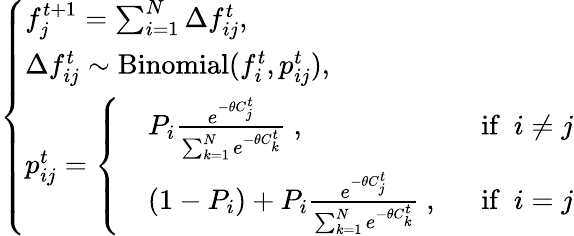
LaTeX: \left\{ \begin{array}{ll}{f_{j}^{t+1}=\sum_{i=1}^{N}\Delta f_{ij}^{t},}\\ {\Delta f_{ij}^{t}\sim\mathrm{Binomial}(f_{i}^{t},{p}_{ij}^{t}),}\\ {p_{ij}^{t}=\left\{ \begin{array}{ll}{\begin{array}{rlr}&{P_{i}\frac{e^{-\theta C_{j}^{t}}}{\sum_{k=1}^{N}e^{-\theta C_{k}^{t}}}\ ,\ }&{\ \mathrm{if}\ \ i\neq j}\\ &{(1-P_{i})+P_{i}\frac{e^{-\theta C_{j}^{t}}}{\sum_{k=1}^{N}e^{-\theta C_{k}^{t}}}\ ,\ }&{\ \mathrm{if}\ \ i=j}\end{array}}\end{array}\right.}\end{array}\right.